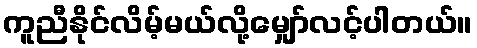
ကူညီနိုင်လိမ့်မယ်လို့မျှော်လင့်ပါတယ်။